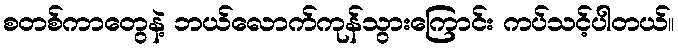
စတစ်ကာတွေနဲ့ ဘယ်လောက်ကုန်သွားကြောင်း ကပ်သင့်ပါတယ်။